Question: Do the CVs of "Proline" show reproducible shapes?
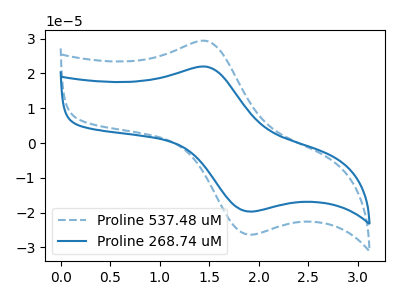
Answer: <think>The blue dashed curve "Proline 537.48 uM" has an anodic peak at (1.50V, 29.30uA) and a cathodic peak at (1.90V, -26.30uA). The blue curve "Proline 268.74 uM" has an anodic peak at (1.50V, 21.90uA) and a cathodic peak at (1.90V, -19.70uA).
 All the peaks in "Proline 537.48 uM" have a peak in "Proline 268.74 uM" at the same potential. Every peak in "Proline 537.48 uM" is higher than every peak in "Proline 268.74 uM".</think>
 <answer>All the CV's of "Proline" have similar shape.</answer>
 <eval>follow_rule</eval>